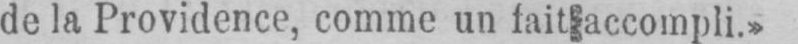
de la Providence, comme un fait accompli.»